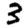
Digit: 3